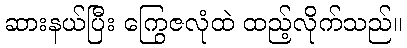
ဆားနယ်ပြီး ကြွေဇလုံထဲ ထည့်လိုက်သည်။